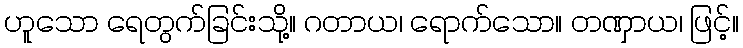
ဟူသော ရေတွက်ခြင်းသို့။ ဂတာယ၊ ရောက်သော။ တဏှာယ၊ ဖြင့်။